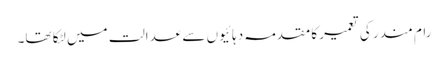
رام مندر کی تعمیر کا مقدمہ دہائیوں سے عدالت میں لٹکا تھا۔